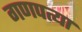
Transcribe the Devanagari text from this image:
गणपत्या